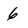
Character: 6